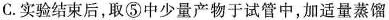
C.实验结束后，取⑤中少量产物于试管中，加适量蒸馏